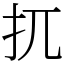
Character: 扤